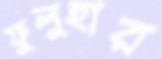
ফুলুহার